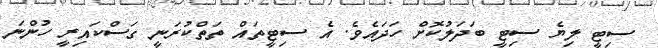
ސިޓީ ލިޔެ ސިޓީ ބަދަލުކޮށް ހަދައެވެ. އެ ސިޓީތައް ތަތްކުރަނީ ގަސްކައިރީ ހުންނަ